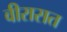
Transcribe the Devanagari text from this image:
वीरासत